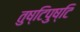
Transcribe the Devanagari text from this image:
तुष्टिपुष्टि